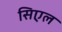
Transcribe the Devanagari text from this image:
सिएल